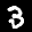
Label: 3